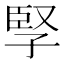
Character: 孯